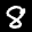
Label: 8